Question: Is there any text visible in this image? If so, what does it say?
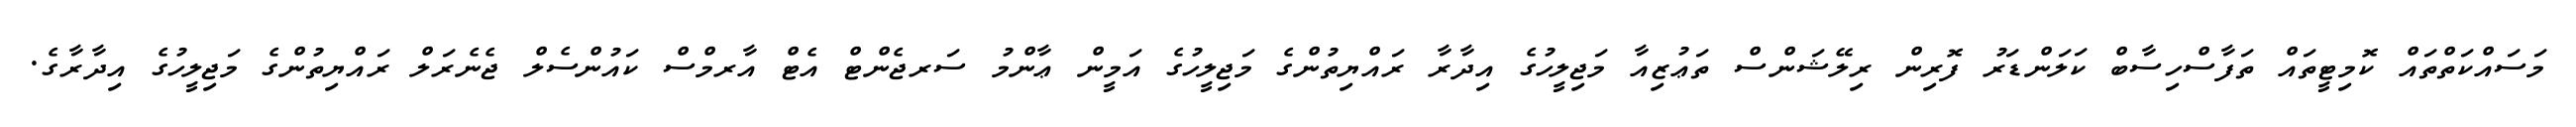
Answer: މަސައްކަތްތައް ކޮމިޓީތައް ތަފާސްހިސާބް ކަލަންޑަރު ފޮރިން ރިލޭޝަންސް ތަޢުޒިއާ މަޖިލީހުގެ އިދާރާ ރައްޔިތުންގެ މަޖިލީހުގެ އަމީން ޢާންމު ސަރޖެންޓް އެޓް އާރމްސް ކައުންސެލް ޖެނެރަލް ރައްޔިތުންގެ މަޖިލީހުގެ އިދާރާގެ.